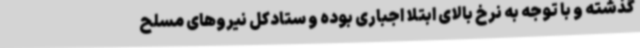
گذشته و با توجه به نرخ بالای ابتلا اجباری بوده و ستادکل نیروهای مسلح